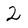
Character: 2